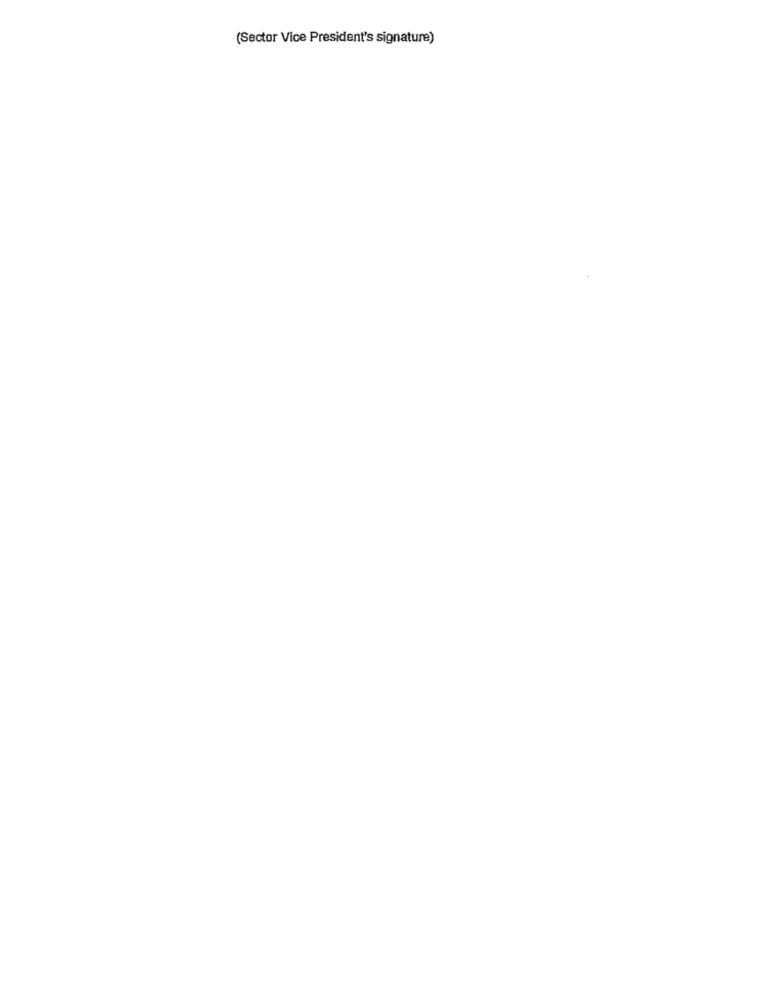
(Sector Vice President's signature)